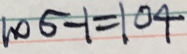
1 0 5 - 1 = 1 0 4